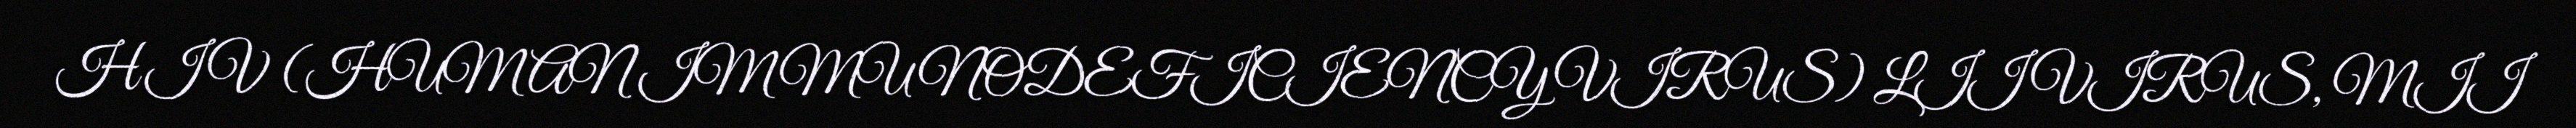
HIV (HUMAN IMMUNODEFICIENCY VIRUS) LII VIRUS, MII